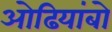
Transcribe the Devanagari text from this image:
ओढियांबो